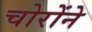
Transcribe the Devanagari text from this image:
चोरोंने